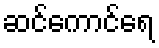
ဆင်ကောင်ရေ